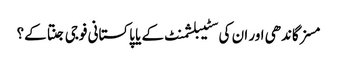
مسز گاندھی اور ان کی سٹیبلشمنٹ کے یا پاکستانی فوجی جنتا کے؟